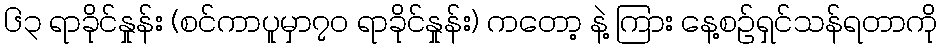
၆၃ ရာခိုင်နှုန်း (စင်ကာပူမှာ၇၀ ရာခိုင်နှုန်း) ကတော့ နဲ့ ကြား နေ့စဉ်ရှင်သန်ရတာကို